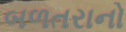
બળતરાનો